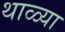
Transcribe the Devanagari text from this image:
थाळ्या